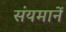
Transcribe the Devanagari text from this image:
संयमानें